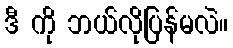
ဒီ ကို ဘယ်လိုပြန်မလဲ။